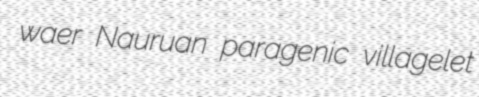
waer Nauruan paragenic villagelet